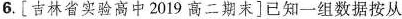
6. [ 吉林省实验高中 2019 高二期末 ] 已知一组数据按从